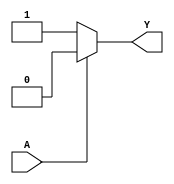
module not_gate(
input wire A,
output reg Y
);

always @(A) begin
if(A == 0)
Y <= 1;
else
Y <= 0;
end

endmodule